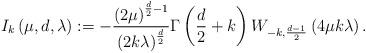
LaTeX: \begin{align*}I_{k}\left( \mu ,d,\lambda \right) :=-\frac{\left( 2\mu \right) ^{\frac{d}{2}-1}}{\left( 2k\lambda \right) ^{\frac{d}{2}}}\Gamma \left( \frac{d}{2}+k\right) W_{-k,\frac{d-1}{2}}\left( 4\mu k\lambda \right) .\end{align*}